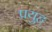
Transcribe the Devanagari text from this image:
पयुह